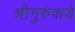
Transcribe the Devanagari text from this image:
श्रीगुरुंकडे